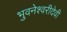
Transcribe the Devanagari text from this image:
भुवनेश्वरीदेवी